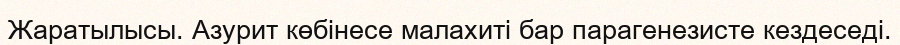
Жаратылысы. Азурит көбінесе малахиті бар парагенезисте кездеседі.